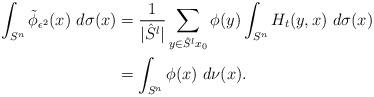
LaTeX: \begin{align*}\int_{S^n}{\tilde{\phi}}_{\epsilon^2}(x)~d\sigma(x) & = {\frac 1{|{\hat S}^l|}}\sum_{y\in {\hat S}^lx_0}\phi(y)\int_{S^n}H_t(y,x)~d\sigma(x)\\ &=\int_{S^n}\phi(x)~d\nu(x).\end{align*}